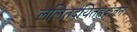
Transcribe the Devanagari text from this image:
ललितदयितहृद्रंजन